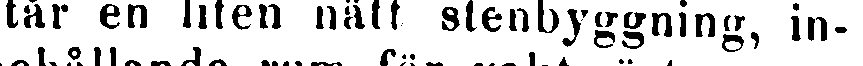
står en liten nätt stenbyggning, in-